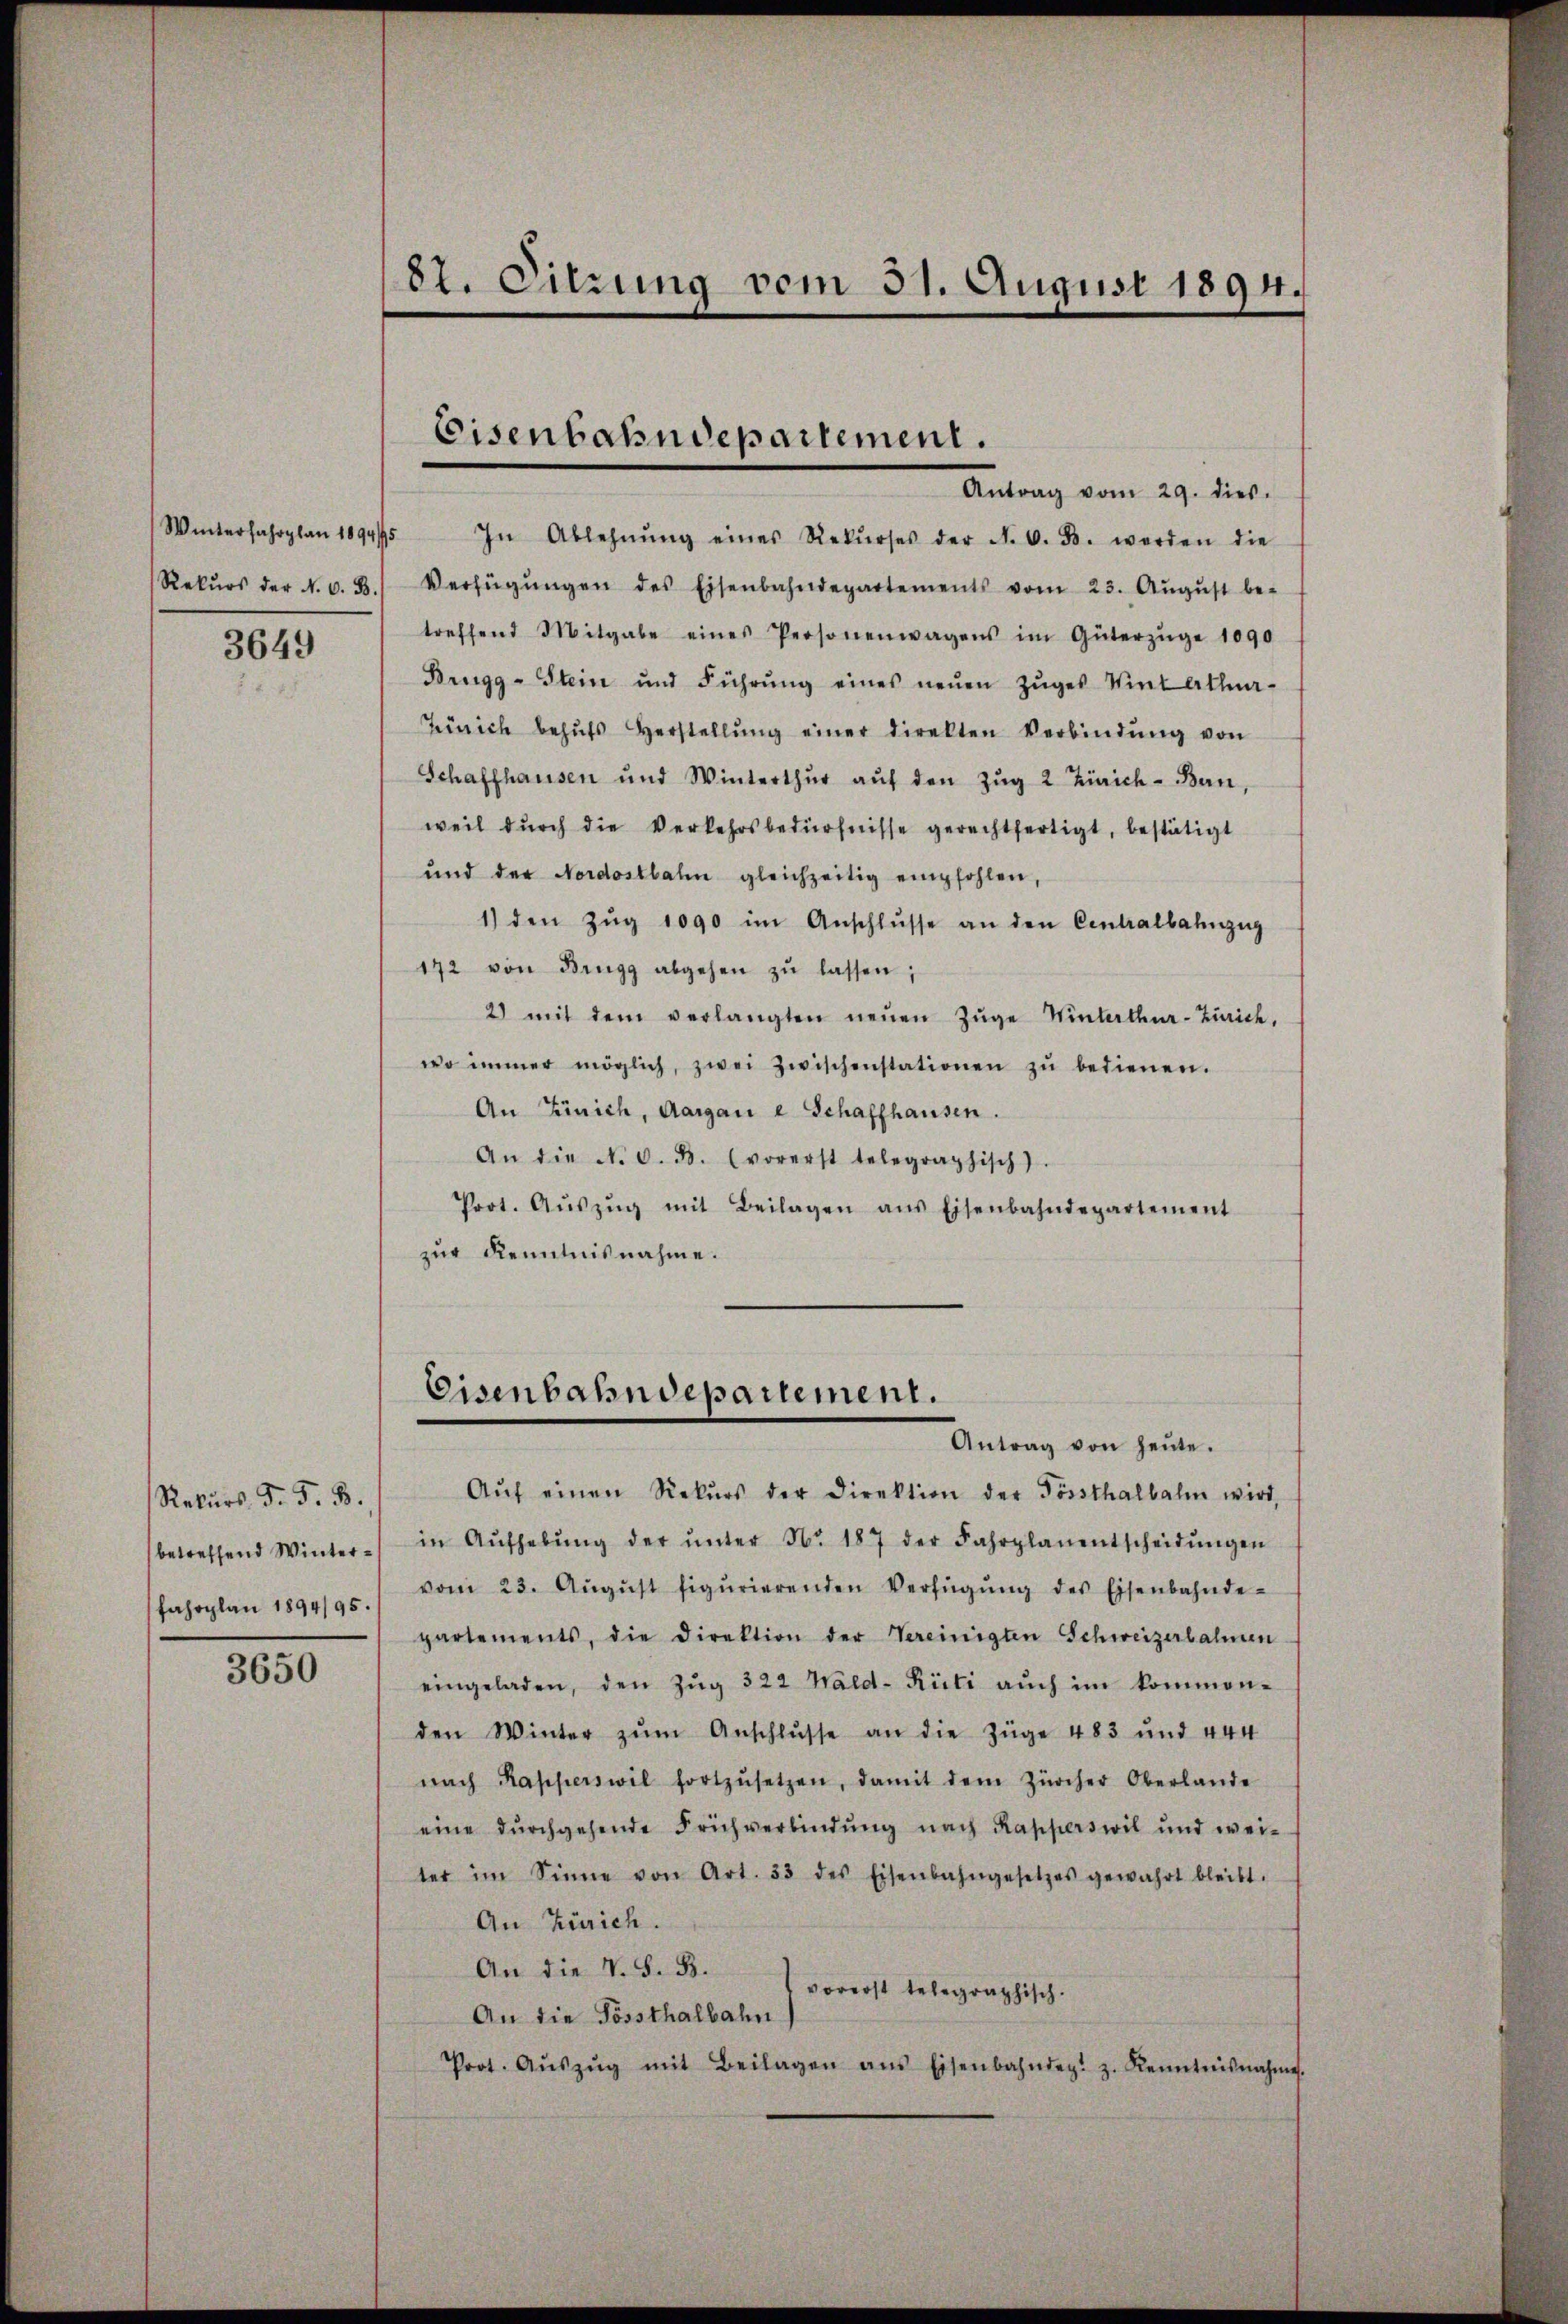
3649

Rekurs, d. 5. B.

3650

Winterfahrplan 1894/95 In Ablehnŭng eines Rekŭrses der N. O. B. worden die
Rekŭrs der N. O. B.) Verfügŭngen des Eisenbahndepartements vom 23. Aŭgŭst be-
treffend Mitgabe eines Personenwagens im Güterzüge 1090
Brugg-Stein und Führŭng eines neŭen Zŭges Vietalla-
Zürich behŭfs Herstellŭng einer direkten Verbindŭng von
Schaffhausen und Winterthŭr aŭf den Zŭg 2 Zürich-Ban,
weil dŭrch die Verkehrsbedürfnisse gerechtfertigt, bestätigt
und der Nordostbahn gleichzeitig empfohlen,
1) den Zŭg 1090 im Anschlŭsse an den Centralbahnzug
172 von Dingg abgehen zŭ lassen;
2) mit dem verlangten neŭen Zŭge Winterthur-Zürich,
wo immer möglich, zwei Zwischenstationen zŭ bedienen.
An Zürich, Aargau e Schaffhausen.
An die N. O. B. (vorerst telegraphisch).
Prot. Aŭszŭg mit Beilagen ans Eisenbahndepartement
zur Kenntnisnahme.

Aŭf einen Rekŭrs der Direktion der Försthalbahn wird,
betreffend Winter in Aŭfhebŭng der ŭnter Nr. 187 der Fahrplanentscheidŭngen
fahrplan 1894/95./ vom 23. Aŭgŭst figurierenden Verfügŭng des Eisenbahnde-
partements, die Direktion der Vereinigten Schweizerbahnen
eingeladen, den Zŭg 322 Wald- Rüti aŭch im kommen-
den Winter zŭm Anschlŭsse an die Züge 483 und 444
nach Kapperswil fortzŭsetzen, damit dem Zürcher Oberlande
eine dŭrchgehende Frühverbindŭng nach Rapperswil und wei-
ter im Sinne von Art. 33 des Eisenbahngesetzes gewahrt bleibt.
An Zürich.
An die V. S. B.
vorerst telegraphisch.
An die Sössthalbahn
Prot. Aŭszŭg mit Beilagen ans Eisenbahnder. z. Kenntnisnahme.

87. Sitzung vom 31. August 1894.

Eisenbahndepartement.
Antrag vom 29. dies

Eisenbahndepartement.
Antrag von heŭte.